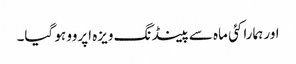
اور ہمارا کئی ماہ سے پینڈنگ ویزہ اپروو ہو گیا۔